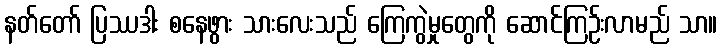
နတ်တော် ပြဿဒါး စနေဖွား သားလေးသည် ကြေကွဲမှုတွေကို ဆောင်ကြဉ်းလာမည် သာ။